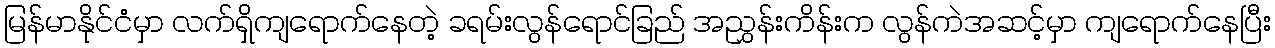
မြန်မာနိုင်ငံမှာ လက်ရှိကျရောက်နေတဲ့ ခရမ်းလွန်ရောင်ခြည် အညွှန်းကိန်းက လွန်ကဲအဆင့်မှာ ကျရောက်နေပြီး